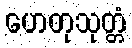
ဟေတုသုတ္တံ